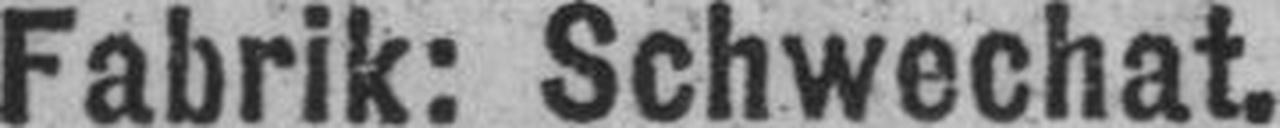
Fabrik: Schwechat.